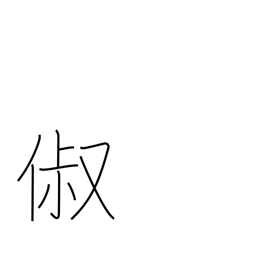
Meaning: good